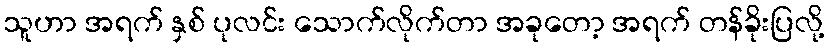
သူဟာ အရက် နှစ် ပုလင်း သောက်လိုက်တာ အခုတော့ အရက် တန်ခိုးပြလို့